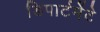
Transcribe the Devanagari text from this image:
डिपार्टमेंटे